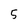
Character: 5